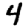
Digit: 4